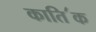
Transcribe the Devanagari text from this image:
काति॔क